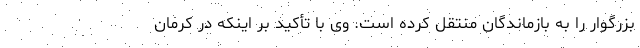
بزرگوار را به بازماندگان منتقل کرده است. وی با تأکید بر اینکه در کرمان